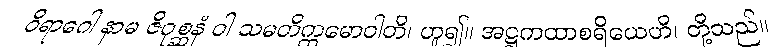
ဝိရာဂေါ နာမ ဇိဂုစ္ဆနံ ဝါ သမတိက္ကမောဝါတိ၊ ဟူ၍။ အဋ္ဌကထာစရိယေဟိ၊ တို့သည်။